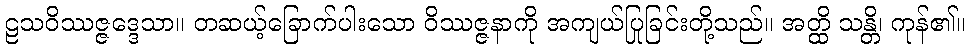
ဠသဝိဿဇ္ဇဒ္ဒေသာ။ တဆယ့်ခြောက်ပါးသော ဝိဿဇ္ဇနာကို အကျယ်ပြုခြင်းတို့သည်။ အတ္ထိ သန္တိ၊ ကုန်၏။